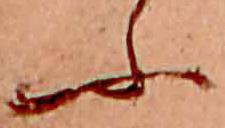
ふ